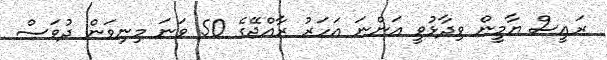
ރައީސް ޔާމީން ވިދާޅުވީ އަންނަ އަހަރު ރާއްޖޭގެ 50 ވަނަ މިނިވަން ދުވަސް